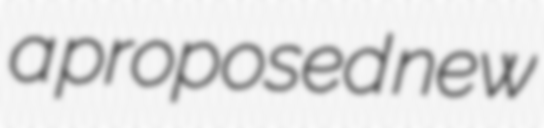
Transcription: a proposed new